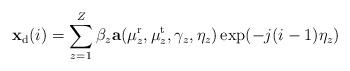
LaTeX: \begin{align*}\mathbf{x}_{\mathrm{d}}(i) = \sum_{z=1}^{Z}\beta_z\mathbf{a}(\mu^{\mathrm{r}}_{z},\mu^{\mathrm{t}}_{z},\gamma_z,\eta_z)\exp(-j(i-1)\eta_z)\end{align*}